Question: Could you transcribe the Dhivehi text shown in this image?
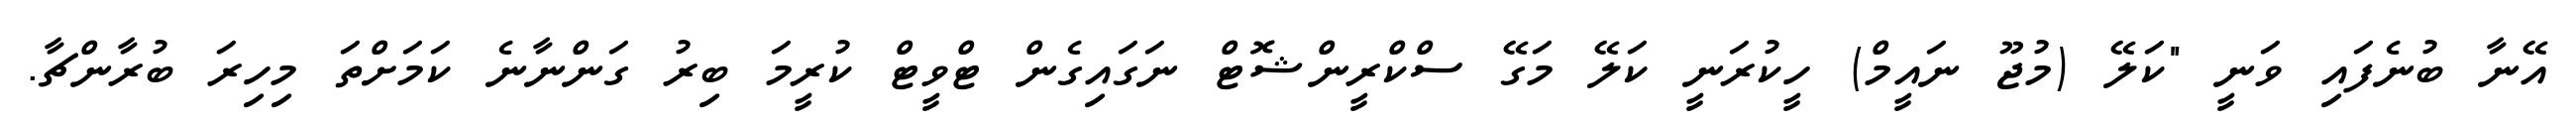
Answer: އޭނާ ބުނެފައި ވަނީ "ކަލޭ (މުޖޫ ނައީމް) ހީކުރަނީ ކަލޭ މަގޭ ސްކްރީންޝޮޓް ނަގައިގެން ޓްވީޓް ކުރީމަ ބިރު ގަންނާނެ ކަމަށްތަ މިހިރަ ބުރާންޗާ.